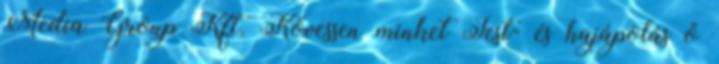
Media Group Kft. Kövessen minket Test- és hajápolás ő